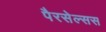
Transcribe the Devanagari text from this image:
पैरसेल्सस